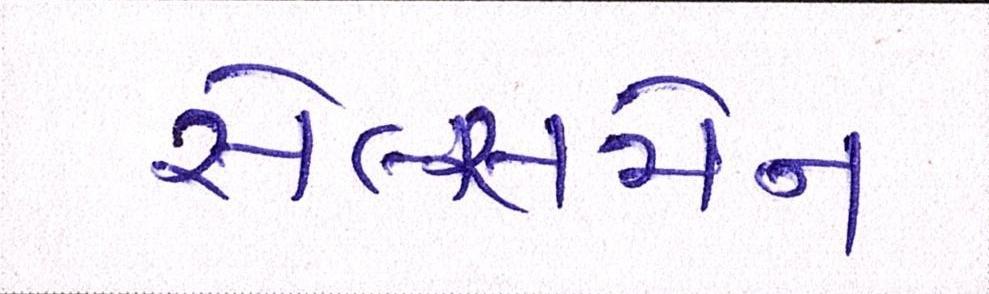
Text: સેલ્સમેન